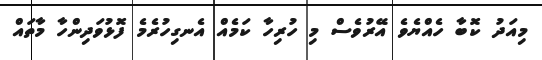
މިއަދު ކޮބާ ހެއްޔެވެ އޭރުވެސް މި ހުރިހާ ކަމެއް އެނގިހުރެމެ ފޮޅުވަދިންހާ މާތައް